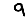
Digit: 9